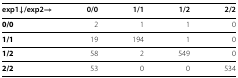
<table><thead><tr><td><b>exp1<i>↓</i>/exp2 →</b></td><td><b>0/0</b></td><td><b>1/1</b></td><td><b>1/2</b></td><td><b>2/2</b></td></tr></thead><tbody><tr><td><b>0/0</b></td><td>2</td><td>1</td><td>1</td><td>0</td></tr><tr><td><b>1/1</b></td><td>19</td><td>194</td><td>1</td><td>0</td></tr><tr><td><b>1/2</b></td><td>58</td><td>2</td><td>549</td><td>0</td></tr><tr><td><b>2/2</b></td><td>53</td><td>0</td><td>0</td><td>534</td></tr></tbody></table>